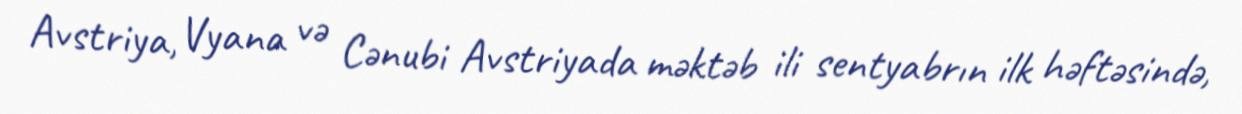
Avstriya, Vyana və Cənubi Avstriyada məktəb ili sentyabrın ilk həftəsində,